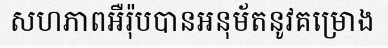
សហភាពអឺរ៉ុបបានអនុម័តនូវគម្រោង